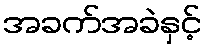
အခက်အခဲနှင့်